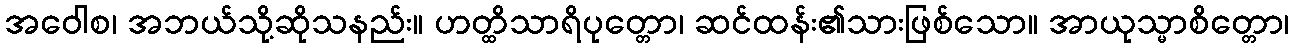
အဝေါစ၊ အဘယ်သို့ဆိုသနည်း။ ဟတ္ထိသာရိပုတ္တော၊ ဆင်ထန်း၏သားဖြစ်သော။ အာယုသ္မာစိတ္တော၊